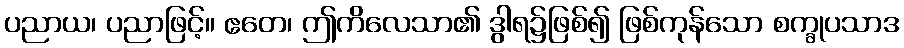
ပညာယ၊ ပညာဖြင့်။ ဧတေ၊ ဤကိလေသာ၏ ဒွါရ၌ဖြစ်၍ ဖြစ်ကုန်သော စက္ခုပသာဒ